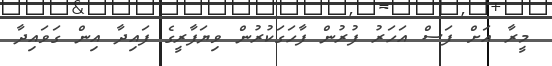
މީރާ އަށް ފަސް އަހަރު ފުރުން ފާހަގަކުރުން ވިޔަފާރީގެ ފައިދާ އިން ގަވައިދާ